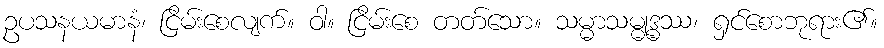
ဥပသနယမာနံ၊ ငြိမ်းစေလျက်။ ဝါ။ ငြိမ်းစေ တတ်သော။ သမ္မာသမ္ဓုဒ္ဓဿ၊ ရှင်စောဘုရား၏။